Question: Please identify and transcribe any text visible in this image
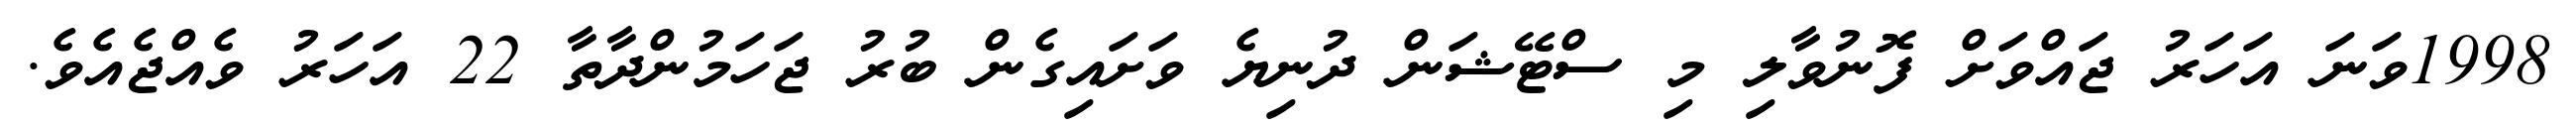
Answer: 1998ވަނަ އަހަރު ޖައްވަށް ފޮނުވާލި މި ސްޓޭޝަން ދުނިޔެ ވަށައިގެން ބުރު ޖަހަމުންދާތާ 22 އަހަރު ވެއްޖެއެވެ.